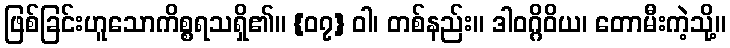
ဖြစ်ခြင်းဟူသောကိစ္စရသရှိ၏။ {၀၇} ဝါ၊ တစ်နည်း။ ဒါဝဂ္ဂိဝိယ၊ တောမီးကဲ့သို့။